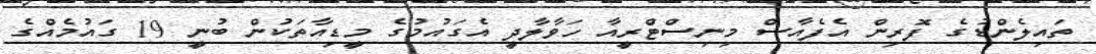
ތައިލެންޑުގެ ފޮރިން އެފެއާސް މިނިސްޓްރީއާ ހަވާލާދީ އެގައުމުގެ މީޑިއާތަކުން ބުނީ 19 ގައުމެއްގެ